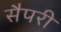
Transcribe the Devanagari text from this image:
सैपरी